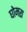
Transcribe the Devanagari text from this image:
घोमरा